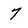
Character: 7